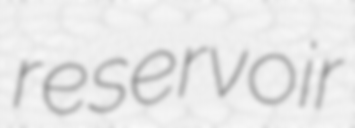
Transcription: reservoir